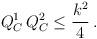
LaTeX: \begin{align*}Q_C^1 \, Q_C^2 \leq {k^2 \over 4} \,.\end{align*}